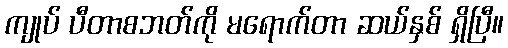
ကျုပ် ပီတာစဘတ်ကို မရောက်တာ ဆယ်နှစ် ရှိပြီ။